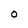
Character: O